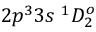
{ 2 p ^ { 3 } 3 s ~ ^ { 1 } D _ { 2 } ^ { o } }